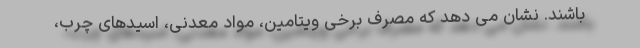
باشند. نشان می دهد که مصرف برخی ویتامین، مواد معدنی، اسیدهای چرب،